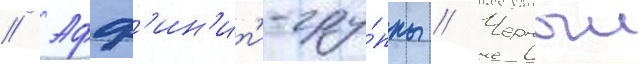
// Афф'ин'ит'и-гру́ппы // Черныи